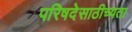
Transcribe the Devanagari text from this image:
परिषदेसाठीच्यता